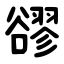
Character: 豂